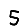
Digit: 5